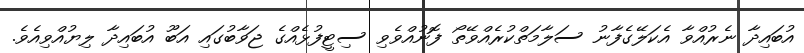
އުބައިދާ ނެރުއްވާ އެކަލޭގެފާނު ސަލާމަތްކުރެއްވޭތޯ ފޮނުއްވެވި ސިޓީފުޅެއްގެ ޖަވާބުގައި އަބޫ އުބައިދާ ލިޔުއްވިއެވެ.